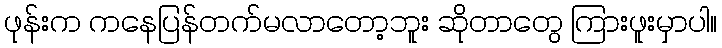
ဖုန်းက ကနေပြန်တက်မလာတော့ဘူး ဆိုတာတွေ ကြားဖူးမှာပါ။